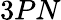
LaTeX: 3PN